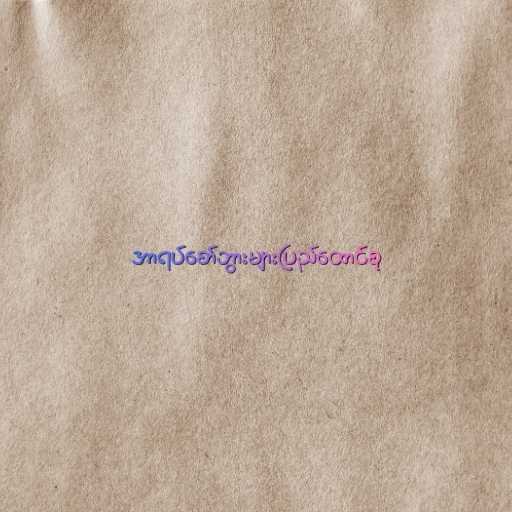
အာရပ်စော်ဘွားများပြည်ထောင်စု